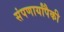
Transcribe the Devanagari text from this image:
संपणार्यांपैकी